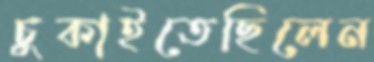
চুকাইতেছিলেন